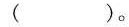
（ ）。